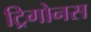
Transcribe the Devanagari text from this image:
ट्रिगोनस